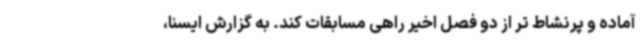
آماده و پرنشاط تر از دو فصل اخیر راهی مسابقات کند. به گزارش ایسنا،